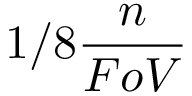
1 / 8 \frac { n } { F o V }